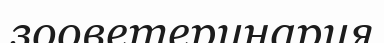
зооветеринария